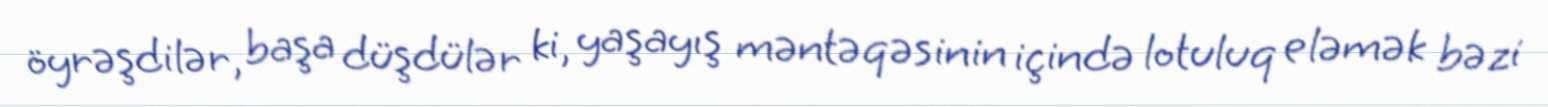
öyrəşdilər, başa düşdülər ki, yaşayış məntəqəsinin içində lotuluq eləmək bəzi